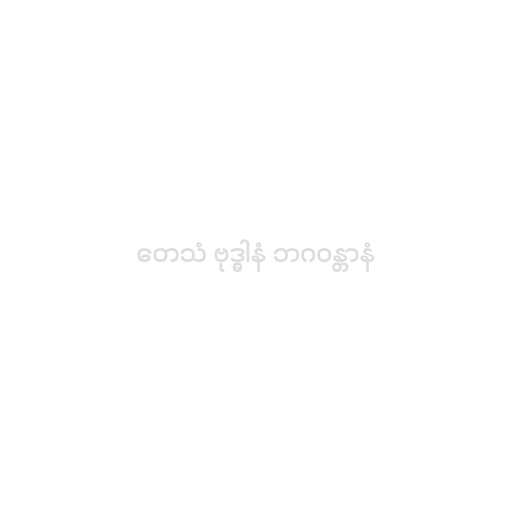
တေသံ ဗုဒ္ဓါနံ ဘဂဝန္တာနံ